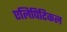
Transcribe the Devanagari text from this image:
एलिपिटिकल